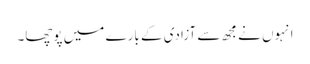
انہوں نے مجھ سے آزادی کے بارے میں پوچھا۔